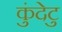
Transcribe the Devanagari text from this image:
कुंदेटु